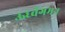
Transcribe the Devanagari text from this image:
ऊर्ध्वगमन